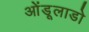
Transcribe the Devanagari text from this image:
ओंडूलाडो